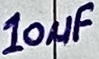
Text: 10µF